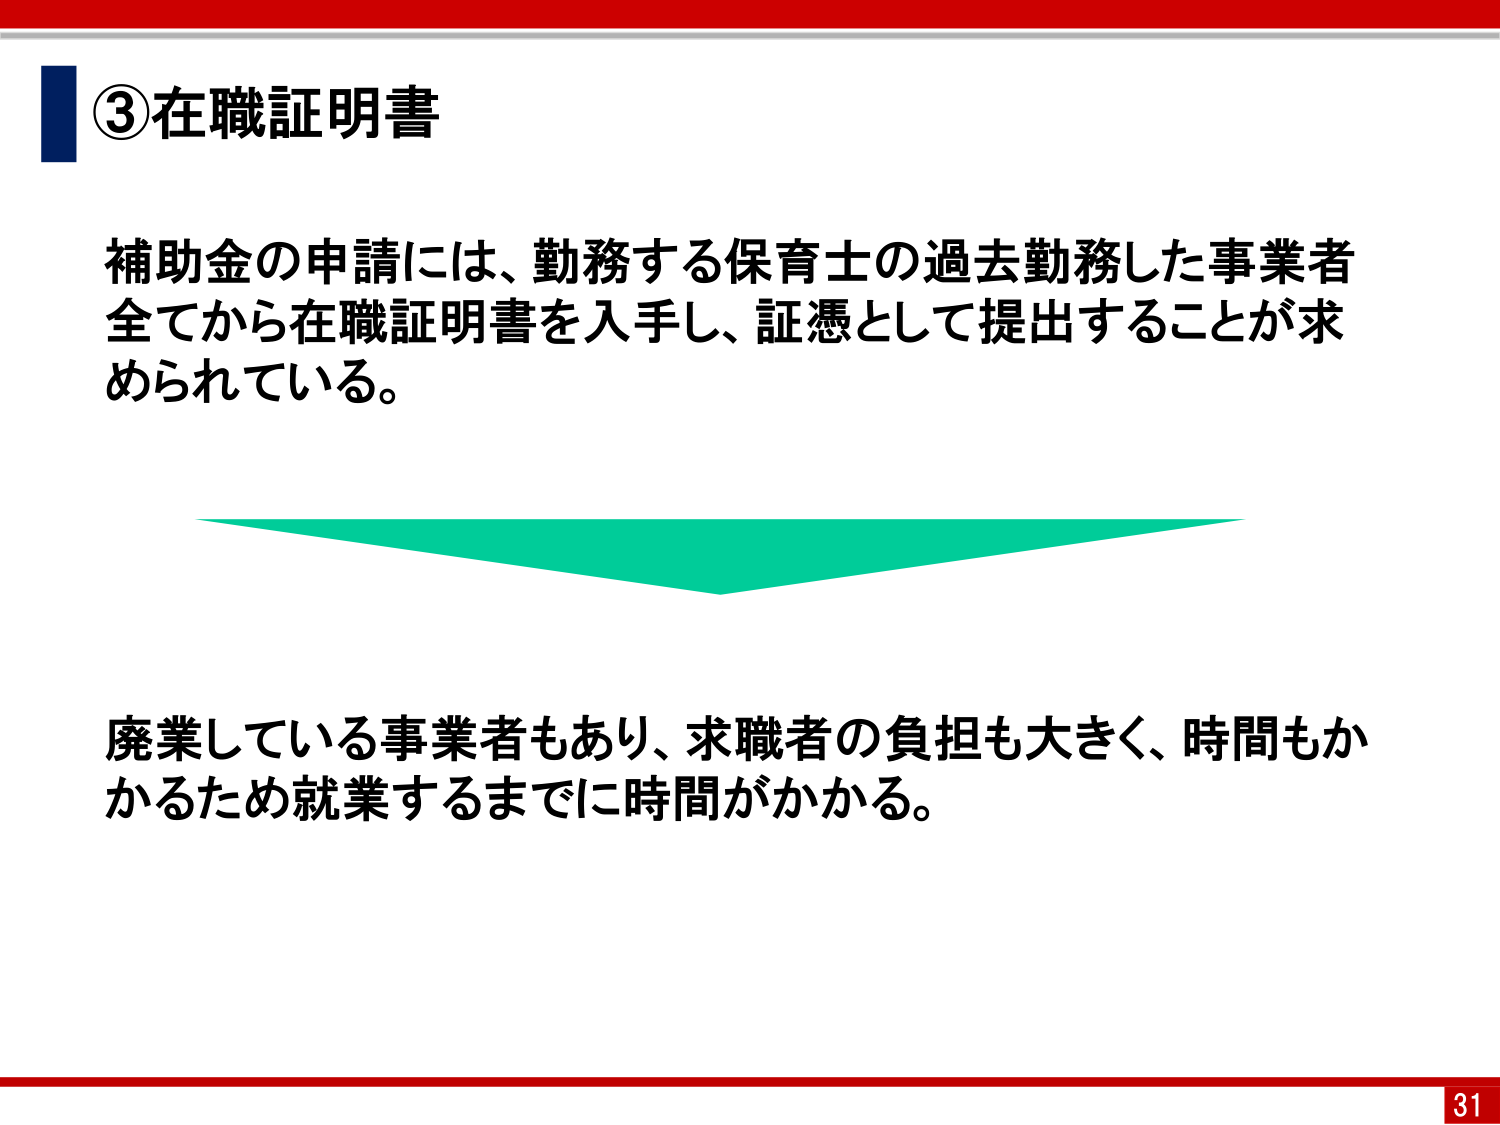
③在職証明書

補助金の申請には、勤務する保育士の過去勤務した事業者
全てから在職証明書を入手し、証憑として提出することが求
められている。

廃業している事業者もあり、求職者の負担も大きく、時間もか
かるため就業するまでに時間がかかる。

31